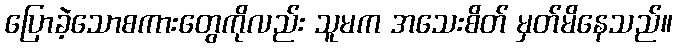
ပြောခဲ့သောစကားတွေကိုလည်း သူမက အသေးစိတ် မှတ်မိနေသည်။